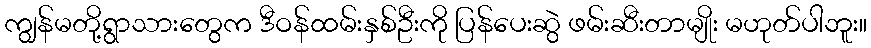
ကျွန်မတို့ရွာသားတွေက ဒီဝန်ထမ်းနှစ်ဦးကို ပြန်ပေးဆွဲ ဖမ်းဆီးတာမျိုး မဟုတ်ပါဘူး။